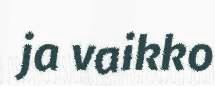
ja vaikko